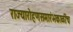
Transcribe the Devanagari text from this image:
राज्यारोहणसमारंभकाळींच